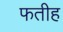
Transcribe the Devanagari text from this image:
फतीह